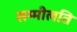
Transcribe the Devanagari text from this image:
सम्मीलति